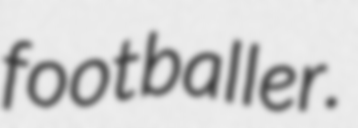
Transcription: footballer.